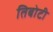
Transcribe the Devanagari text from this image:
तिबोटी